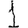
Digit: 1